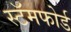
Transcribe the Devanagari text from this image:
स्टॅमफोर्ड